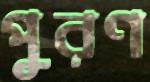
পুরণ